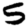
Digit: 5